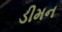
ડીમન